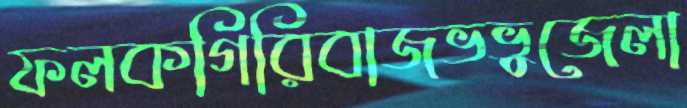
ফলকগিরিবাজভভুজেলা